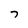
Character: 7